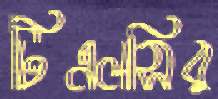
টিএলসির